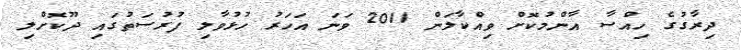
ދިރާގުގެ ހިއްސާ އާންމުކޮށް ވިއްކާލަން 2011 ވަނަ އަހަރު ހުޅުވާލި ފުރުސަތުގައި ދޫކޮށްލި